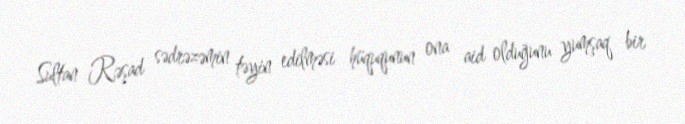
Sultan Rəşad sədrəzəmin təyin edilməsi hüququnun ona aid olduğunu yumşaq bir